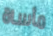
مأساة